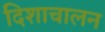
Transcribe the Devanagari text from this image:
दिशाचालन